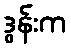
ဒွန်းက